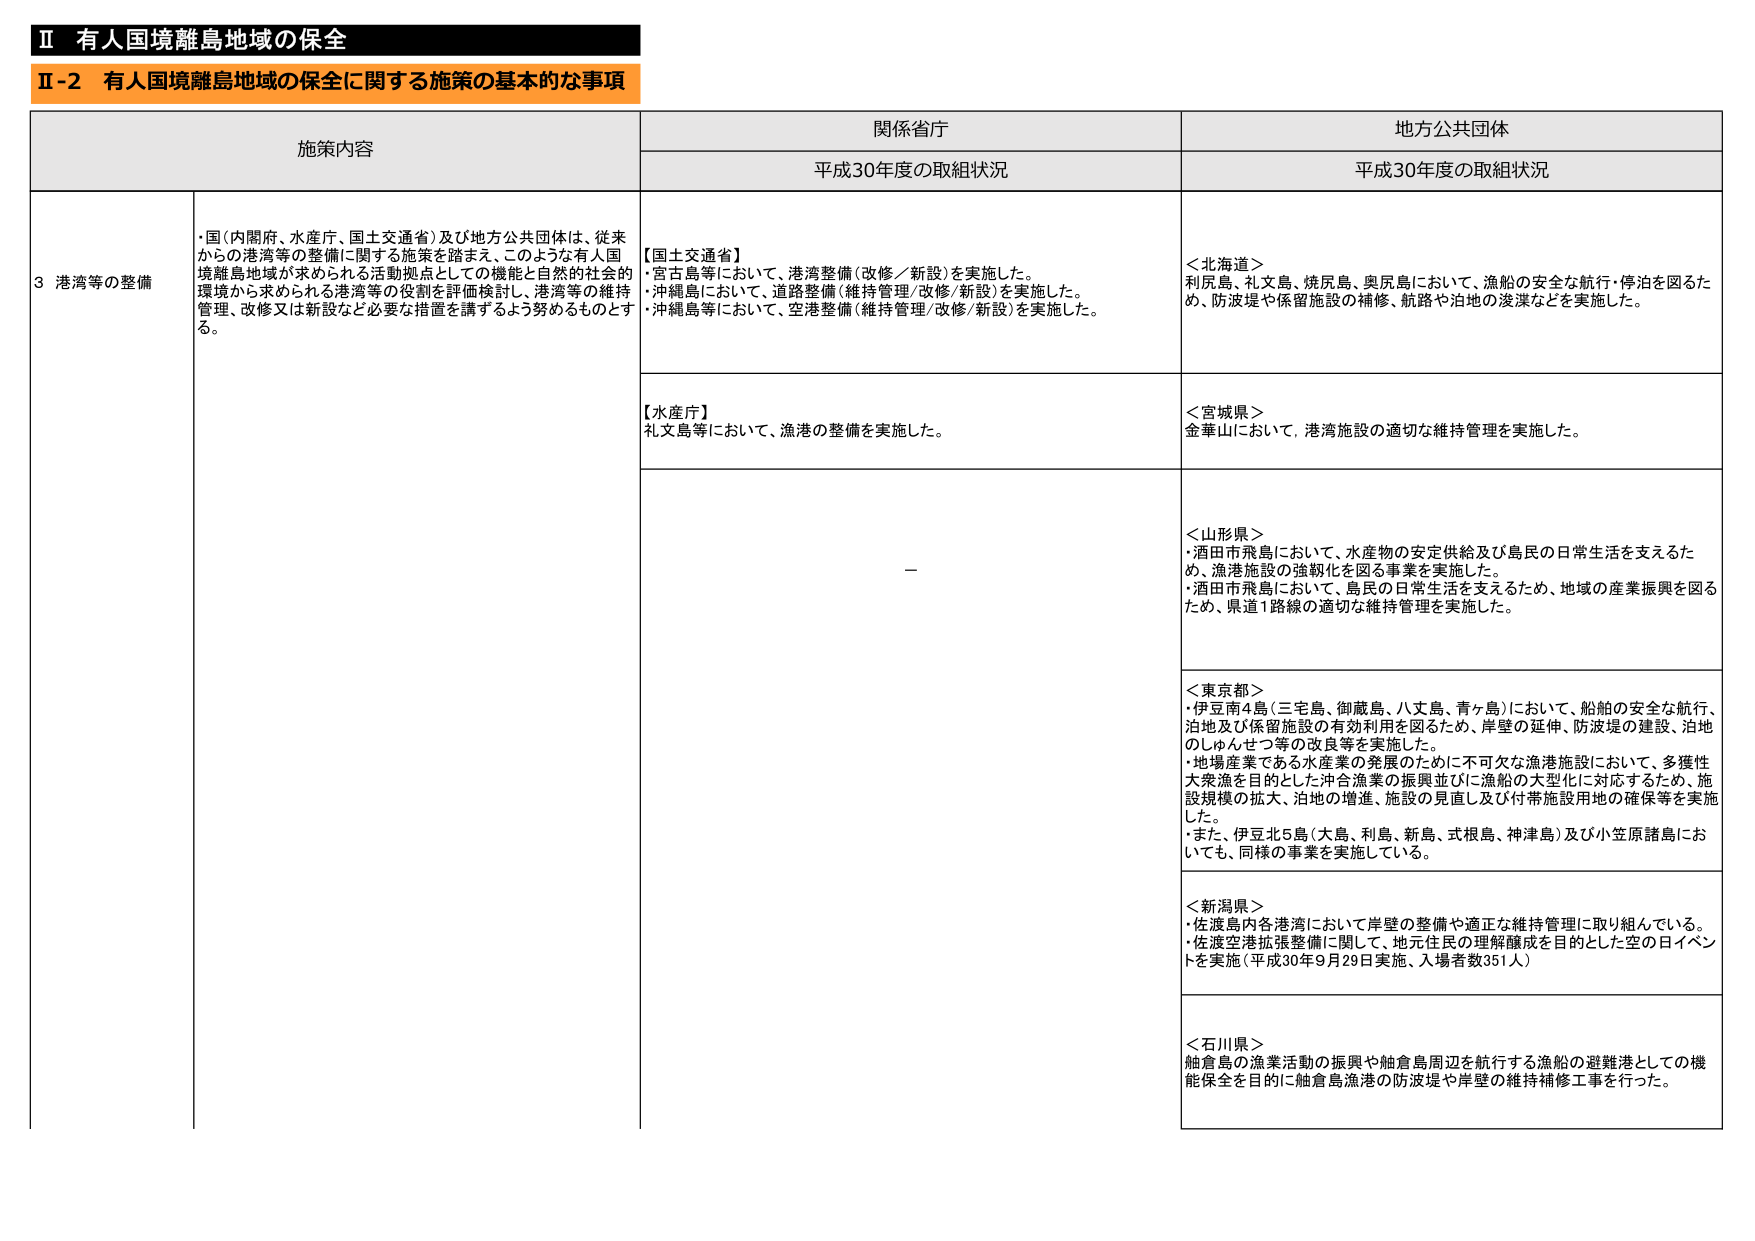
Ⅱ 有人国境離島地域の保全
Ⅱ-2 有人国境離島地域の保全に関する施策の基本的な事項

施策内容
関係省庁
地方公共団体

平成30年度の取組状況
平成30年度の取組状況

3 港湾等の整備
・国（内閣府、水産庁、国土交通省）及び地方公共団体は、従来からの港湾等の整備に関する施策を踏まえ、このような有人国境離島地域が求められる活動拠点としての機能と自然的社会的環境から求められる港湾等の役割を評価検討し、港湾等の維持管理、改修又は新設など必要な措置を講ずるよう努めるものとする。

【国土交通省】
・宮古島等において、港湾整備（改修／新設）を実施した。
・沖縄島において、道路整備（維持管理／改修／新設）を実施した。
・沖縄島等において、空港整備（維持管理／改修／新設）を実施した。

【水産庁】
礼文島等において、漁港の整備を実施した。

＜北海道＞
利尻島、礼文島、焼尻島、奥尻島において、漁船の安全な航行・停泊を図るため、防波堤や保留施設の補修、航路や泊地の浚渫などを実施した。

＜宮城県＞
金華山において、港湾施設の適切な維持管理を実施した。

＜山形県＞
・酒田市飛島において、水産物の安定供給及び島民の日常生活を支えるため、漁港施設の強靭化を図る事業を実施した。
・酒田市飛島において、島民の日常生活を支えるため、地域の産業振興を図るため、県道1路線の適切な維持管理を実施した。

＜東京都＞
・伊豆南4島（三宅島、御蔵島、八丈島、青ヶ島）において、船舶の安全な航行、泊地及び保留施設の有効利用を図るため、岸壁の延伸、防波堤の建設、泊地のしゅんせつ等の改良等を実施した。
・地場産業である水産業の発展のために不可欠な漁港施設において、多様性大衆漁を目的とした沖合漁業の振興並びに漁船の大型化に対応するため、施設規模の拡大、泊地の増進、施設の見直し及び付帯施設用地の確保等を実施した。
・また、伊豆北5島（大島、利島、新島、式根島、神津島）及び小笠原諸島においても、同様の事業を実施している。

＜新潟県＞
・佐渡島内各港湾において岸壁の整備や適正な維持管理に取り組んでいる。
・佐渡空港拡張整備に関して、地元住民の理解醸成を目的とした空の日イベントを実施（平成30年9月29日実施、入場者数351人）

＜石川県＞
舳倉島の漁業活動の振興や舳倉島周辺を航行する漁船の避難港としての機能保全を目的に舳倉島漁港の防波堤や岸壁の維持補修工事を行った。